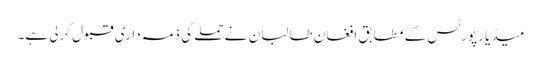
میڈیا رپورٹس کے مطابق افغان طالبان نے حملے کی ذمہ داری قبول کرلی ہے۔